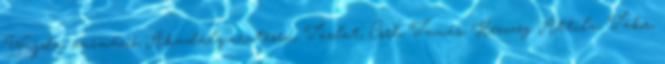
Wajda, animáció, Akadálymentesen, Tárlat, Cseh Tamás, Herczeg Attila, Tábor,